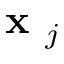
\textbf { x } _ { j }